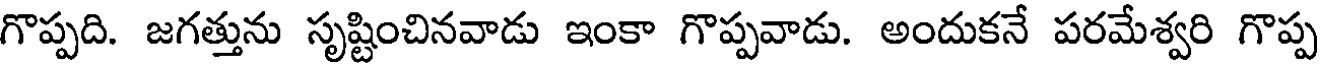
గొప్పది. జగత్తును సృష్టించినవాడు ఇంకా గొప్పవాడు. అందుకనే పరమేశ్వరి గొప్ప